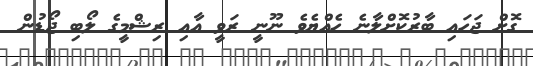
ގޮށް ޖަހައި ބާރުކޮށްލާނެ ހެއްޔެވެ ނޫނީ ރަވީ އާއި ރިޝްމީގެ ލޯބި ޖޯޑުން